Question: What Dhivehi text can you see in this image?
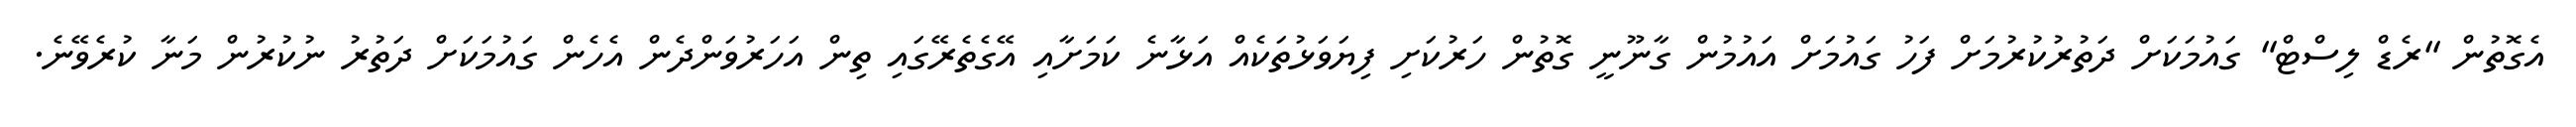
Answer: އެގޮތުން "ރެޑް ލިސްޓް" ގައުމަކަށް ދަތުރުކުރުމަށް ފަހު ގައުމަށް އައުމުން ގާނޫނީ ގޮތުން ހަރުކަށި ފިޔަވަޅުތަކެއް އަޅާނެ ކަމަށާއި އޭގެތެރޭގައި ތިން އަހަރުވަންދެން އެހެން ގައުމަކަށް ދަތުރު ނުކުރުން މަނާ ކުރެވޭނެ.